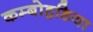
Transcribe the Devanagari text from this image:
कम्बोहडिया